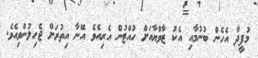
މުފީދާ އެހެން ބުނުމާއި އެކު ޒާވްޔާއަށް ހުއްޓުން އެރިއެވެ އޭނާ އިތުރަށް ޖެހިލުންވިއެވެ.